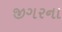
જીગરના